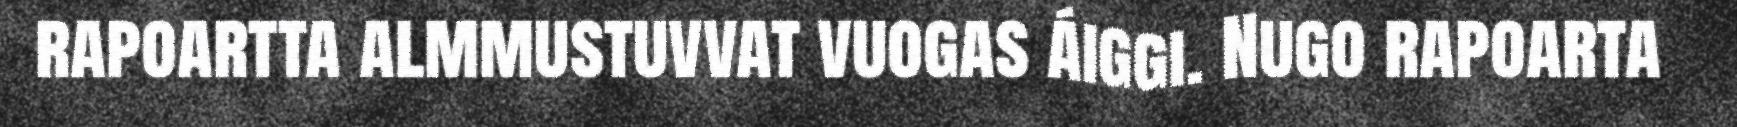
rapoartta almmustuvvat vuogas áiggi. Nugo rapoarta